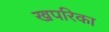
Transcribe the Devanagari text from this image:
खपरिका